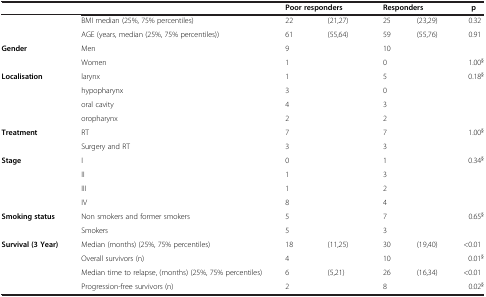
<table><thead><tr><td><b> </b></td><td><b> </b></td><td colspan="2"><b>Poor responders</b></td><td colspan="2"><b>Responders</b></td><td><b>p</b></td></tr></thead><tbody><tr><td> </td><td>BMI median (25%, 75% percentiles)</td><td>22</td><td>(21,27)</td><td>25</td><td>(23,29)</td><td>0.32</td></tr><tr><td> </td><td>AGE (years, median (25%, 75% percentiles))</td><td>61</td><td>(55,64)</td><td>59</td><td>(55,76)</td><td>0.91</td></tr><tr><td><b>Gender</b></td><td>Men</td><td>9</td><td> </td><td>10</td><td> </td><td> </td></tr><tr><td> </td><td>Women</td><td>1</td><td> </td><td>0</td><td> </td><td>1.00<sup>§</sup></td></tr><tr><td><b>Localisation</b></td><td>larynx</td><td>1</td><td> </td><td>5</td><td> </td><td>0.18<sup>§</sup></td></tr><tr><td> </td><td>hypopharynx</td><td>3</td><td> </td><td>0</td><td> </td><td> </td></tr><tr><td> </td><td>oral cavity</td><td>4</td><td> </td><td>3</td><td> </td><td> </td></tr><tr><td> </td><td>oropharynx</td><td>2</td><td> </td><td>2</td><td> </td><td> </td></tr><tr><td><b>Treatment</b></td><td>RT</td><td>7</td><td> </td><td>7</td><td> </td><td>1.00<sup>§</sup></td></tr><tr><td> </td><td>Surgery and RT</td><td>3</td><td> </td><td>3</td><td> </td><td> </td></tr><tr><td><b>Stage</b></td><td>I</td><td>0</td><td> </td><td>1</td><td> </td><td>0.34<sup>§</sup></td></tr><tr><td> </td><td>II</td><td>1</td><td> </td><td>3</td><td> </td><td> </td></tr><tr><td> </td><td>III</td><td>1</td><td> </td><td>2</td><td> </td><td> </td></tr><tr><td> </td><td>IV</td><td>8</td><td> </td><td>4</td><td> </td><td> </td></tr><tr><td><b>Smoking status</b></td><td>Non smokers and former smokers</td><td>5</td><td> </td><td>7</td><td> </td><td>0.65<sup>§</sup></td></tr><tr><td> </td><td>Smokers</td><td>5</td><td> </td><td>3</td><td> </td><td> </td></tr><tr><td><b>Survival (3 Year)</b></td><td>Median (months) (25%, 75% percentiles)</td><td>18</td><td>(11,25)</td><td>30</td><td>(19,40)</td><td>&lt;0.01</td></tr><tr><td> </td><td>Overall survivors (n)</td><td>4</td><td> </td><td>10</td><td> </td><td>0.01<sup>§</sup></td></tr><tr><td> </td><td>Median time to relapse, (months) (25%, 75% percentiles)</td><td>6</td><td>(5,21)</td><td>26</td><td>(16,34)</td><td>&lt;0.01</td></tr><tr><td> </td><td>Progression-free survivors (n)</td><td>2</td><td> </td><td>8</td><td> </td><td>0.02<sup>§</sup></td></tr></tbody></table>